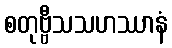
စတုဗ္ဗီသသဟဿာနံ